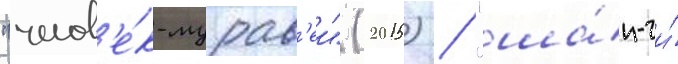
"челов'е́к-мурав'еи" (2015) / "ша́н-чи́